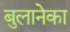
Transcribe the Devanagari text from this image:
बुलानेका